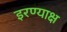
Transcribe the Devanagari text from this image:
इरण्याक्ष